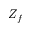
Z _ { f }